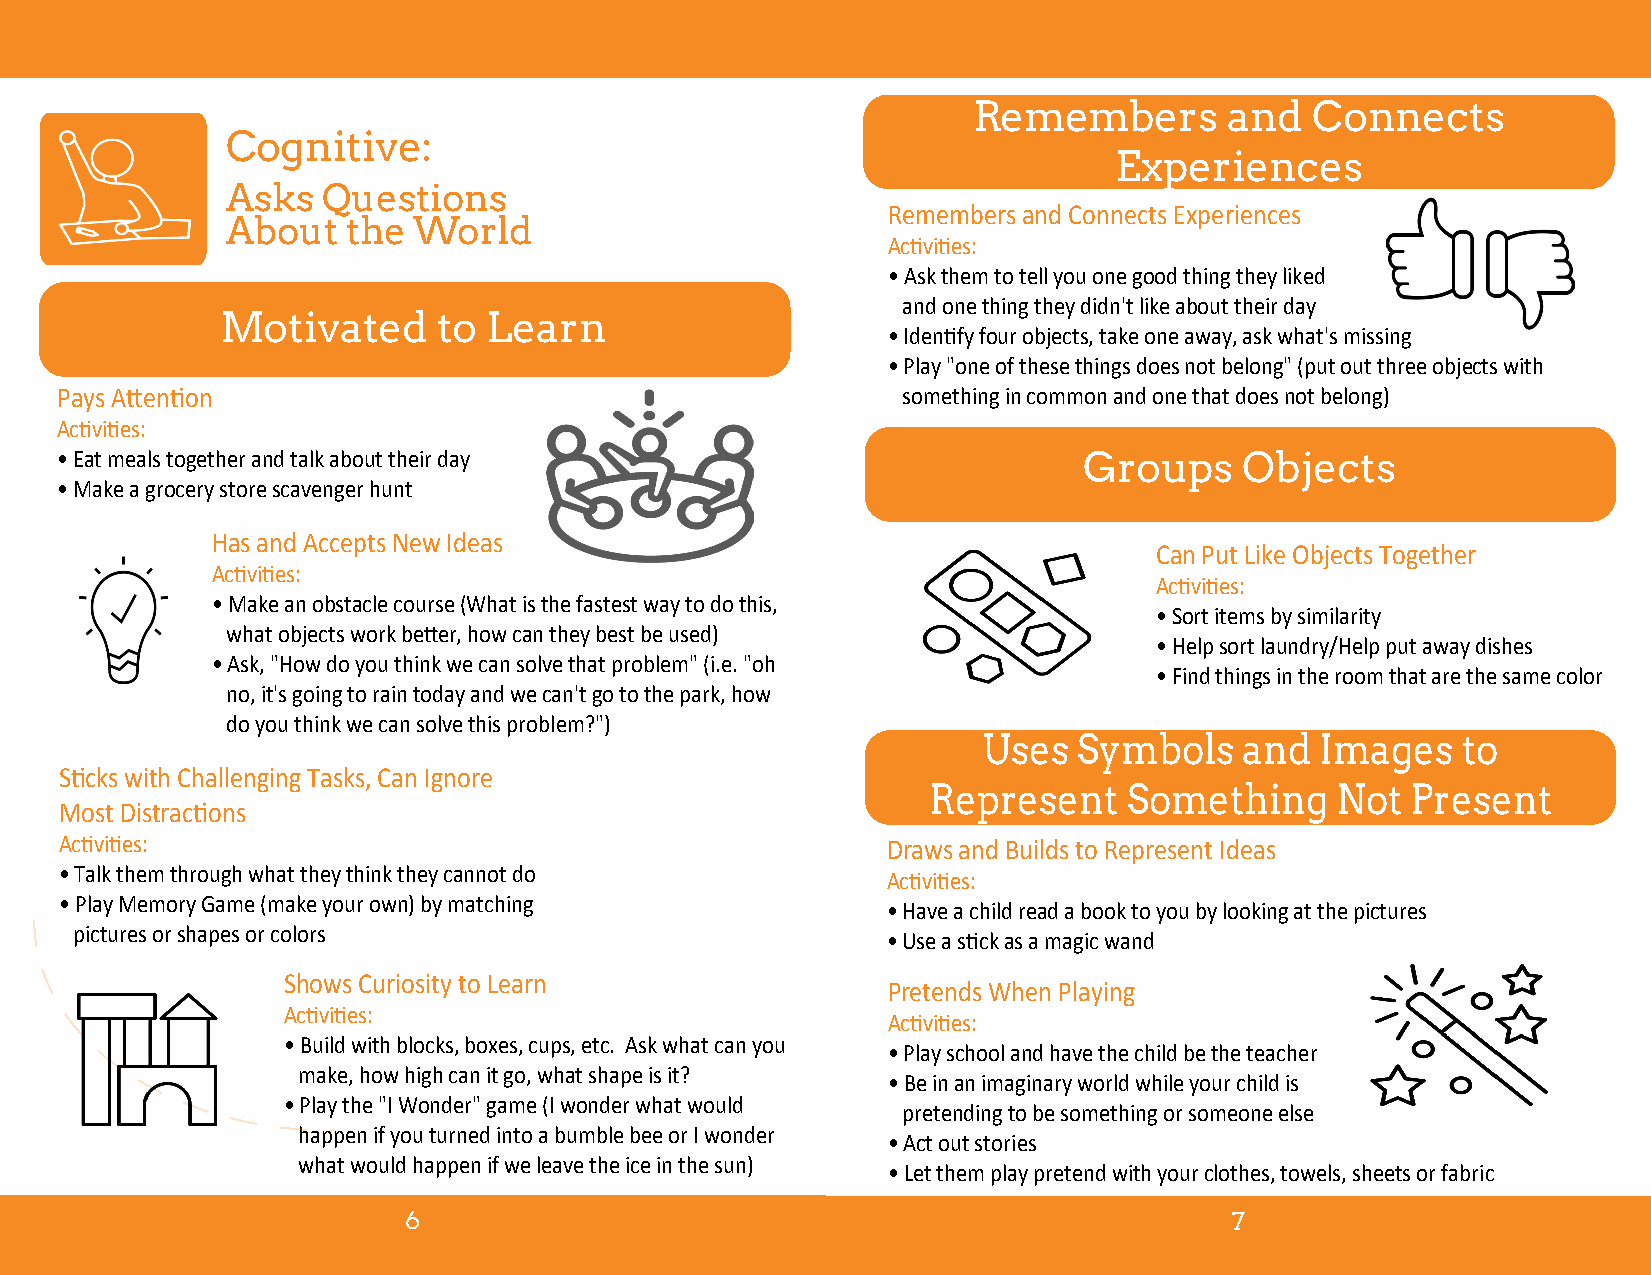
Remembers        and   Connects
 Cognitive:
 Experiences
 Asks  Questions
 Remembers and Connects Experiences
 About   the World
 Activities:
 • Ask them to tell you one good thing they liked
 and one thing they didn't like about their day
 Motivated     to Learn
 • Identify four objects, take one away, ask what's missing
 • Play "one of these things does not belong" (put out three objects with
 Pays Attention                                          something in common and one that does not belong)
 Activities:
 • Eat meals together and talk about their day                       Groups    Objects
 • Make a grocery store scavenger hunt
 Has and Accepts New Ideas
 Can Put Like Objects Together
 Activities:
 Activities:
 • Make an obstacle course (What is the fastest way to do this,
 • Sort items by similarity
 what objects work better, how can they best be used)
 • Help sort laundry/Help put away dishes
 • Ask, "How do you think we can solve that problem" (i.e. "oh
 • Find things in the room that are the same color
 no, it's going to rain today and we can't go to the park, how
 do you think we can solve this problem?")
 Uses  Symbols    and  Images    to
 Sticks with Challenging Tasks, Can Ignore
 Represent     Something    Not  Present
 Most Distractions
 Activities:                                            Draws and Builds to Represent Ideas
 • Talk them through what they think they cannot do
 Activities:
 • Play Memory Game (make your own) by matching
 • Have a child read a book to you by looking at the pictures
 pictures or shapes or colors
 • Use a stick as a magic wand
 Shows Curiosity to Learn
 Pretends When Playing
 Activities:
 Activities:
 • Build with blocks, boxes, cups, etc. Ask what can you
 • Play school and have the child be the teacher
 make, how high can it go, what shape is it?
 • Be in an imaginary world while your child is
 • Play the "I Wonder" game (I wonder what would
 pretending to be something or someone else
 happen if you turned into a bumble bee or I wonder
 • Act out stories
 what would happen if we leave the ice in the sun)
 • Let them play pretend with your clothes, towels, sheets or fabric
 6                                                     7